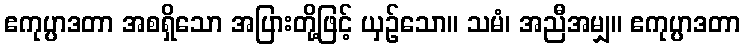
ဧကုပ္ပာဒတာ အစရှိသော အပြားတို့ဖြင့် ယှဉ်သော။ သမံ၊ အညီအမျှ။ ဧကုပ္ပာဒတာ